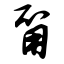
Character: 甭